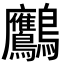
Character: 𪈾